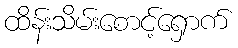
ထိန်းသိမ်းစောင့်ရှောက်